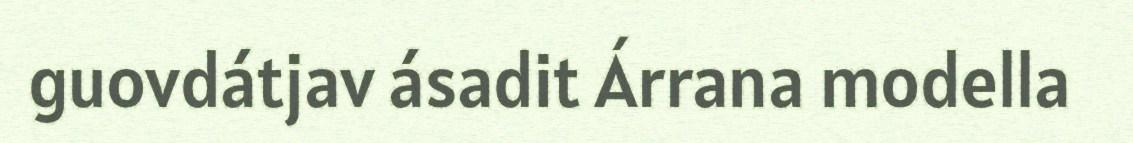
guovdátjav ásadit Árrana modella